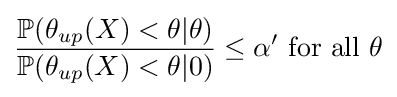
{\frac {\mathbb {P} (\theta _{up}(X)<\theta |\theta )}{\mathbb {P} (\theta _{up}(X)<\theta |0)}}\leq \alpha '{\text{ for all }}\theta